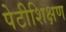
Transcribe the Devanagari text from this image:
पेटीशिक्षण